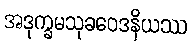
အဒုက္ခမသုခဝေဒနိယဿ